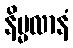
နိမ္မလာနံ